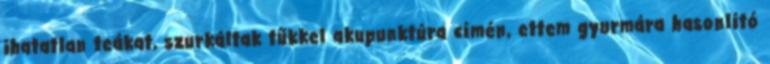
ihatatlan teákat, szurkáltak tűkkel akupunktúra címén, ettem gyurmára hasonlító